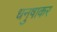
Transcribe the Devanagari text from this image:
धनुषाकर